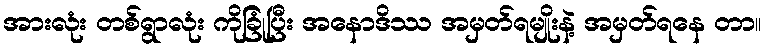
အားလုံး တစ်ရွာလုံး ကိုခြုံပြီး အနောဒိဿ အမှတ်ရမျိုးနဲ့ အမှတ်ရနေ တာ။